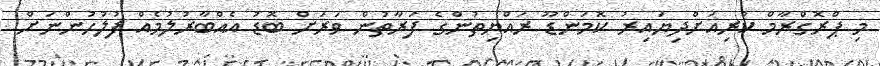
މި ޕްރޮގްރާމް ކުރިއަށްދިޔައިރު ކޮމަންޑޫ ރައްޔިތުންގެ ފަރާތުން ވަރަށް ބޮޑު އެއްބާރުލުމެއް ފުލުހުންނަށް